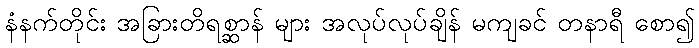
နံနက်တိုင်း အခြားတိရစ္ဆာန် များ အလုပ်လုပ်ချိန် မကျခင် တနာရီ စော၍